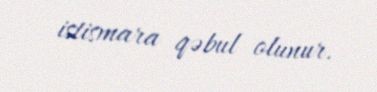
istismara qəbul olunur.